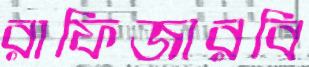
রাফিজারবি